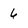
Character: 6